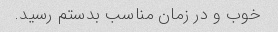
خوب و در زمان مناسب بدستم رسید.